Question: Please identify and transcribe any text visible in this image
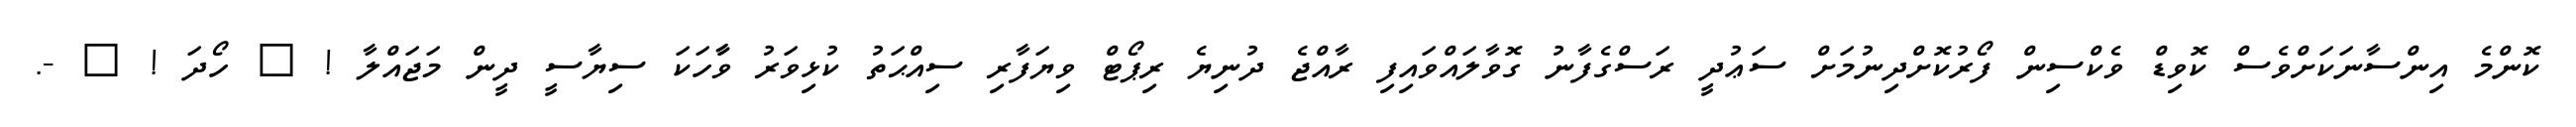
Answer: ކޮންމެ އިންސާނަކަށްވެސް ކޮވިޑް ވެކްސިން ފޯރުކޮށްދިނުމަށް ސަޢުދީ ރަސްގެފާނު ގޮވާލައްވައިފި ރާއްޖެ ދުނިޔެ ރިޕޯޓް ވިޔަފާރި ސިއްޙަތު ކުޅިވަރު ވާާހަކަ ސިޔާސީ ދީން މަޖައްލާ ! ? ހޯދަ ! ? -.